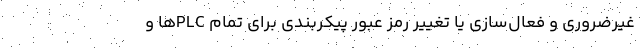
غیرضروری و فعال‌سازی یا تغییر رمز عبور پیکربندی برای تمام PLCها و